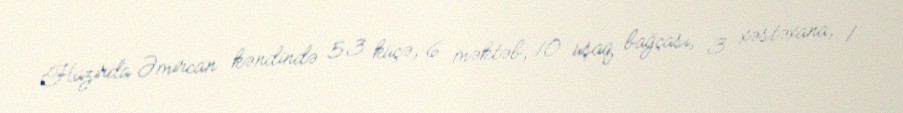
Hazırda Əmircan kəndində 53 küçə, 6 məktəb, 10 uşaq bağçası, 3 xəstəxana, 1